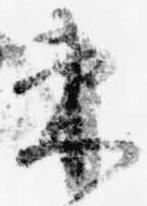
束